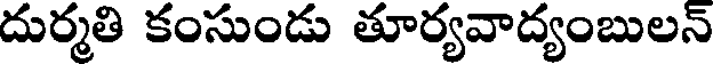
దుర్మతి కంసుండు తూర్యవాద్యంబులన్